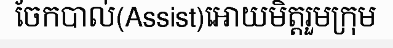
ចែកបាល់(Assist)អោយមិត្តរួមក្រុម